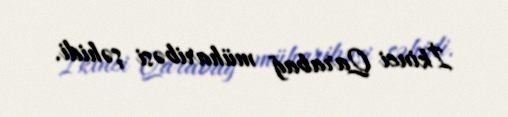
İkinci Qarabağ müharibəsi şəhidi.